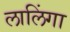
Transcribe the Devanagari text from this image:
लालिंगा